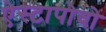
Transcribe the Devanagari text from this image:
ऐस्टापोवो